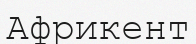
Африкент